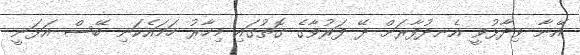
އޭނާ ވިދާޅުވީ އެނދުފާރަށް ދޭ ފަރުވާގެ ގޮތުގައި މިހާރު ހަމައެކަނި ބޭސް އަޅަނީ